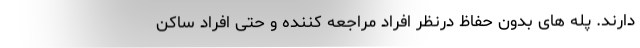
دارند. پله های بدون حفاظ درنظر افراد مراجعه کننده و حتی افراد ساکن